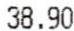
38.90